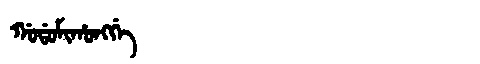
Manchu: ᡤᠣᡩᠣᠮᡳᡥᠣᠩᡤᡝ
Romanization: GODOMIHONGGE